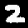
Label: 2